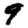
Digit: 9